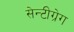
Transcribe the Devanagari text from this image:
सेन्टीग्रेग